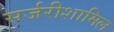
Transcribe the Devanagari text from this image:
सर्जरीशामिल